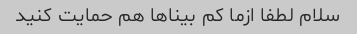
سلام لطفا ازما کم بیناها هم حمایت کنید